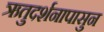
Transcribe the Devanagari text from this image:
ऋतुदर्शनापासुन